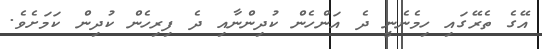
އޭގެ ތެރޭގައި ހިމެނެނީ ދެ އަންހެން ކުދިންނާއި ދެ ފިރިހެން ކުދިން ކަމަށެވެ.